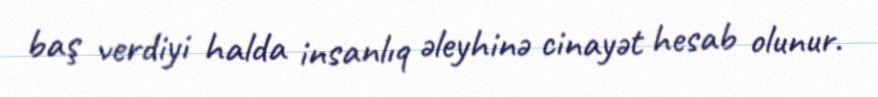
baş verdiyi halda insanlıq əleyhinə cinayət hesab olunur.